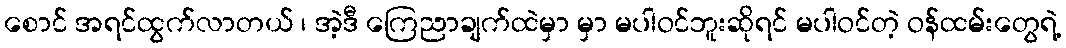
စောင် အရင်ထွက်လာတယ် ၊ အဲ့ဒီ ကြေညာချက်ထဲမှာ မှာ မပါဝင်ဘူးဆိုရင် မပါဝင်တဲ့ ဝန်ထမ်းတွေရဲ့